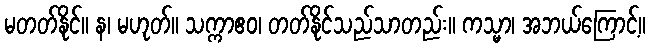
မတတ်နိုင်။ န၊ မဟုတ်။ သက္ကာဧဝ၊ တတ်နိုင်သည်သာတည်း။ ကသ္မာ၊ အဘယ်ကြောင့်။